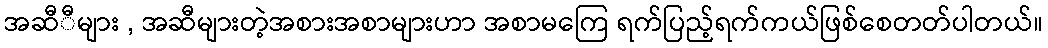
အဆီီများ , အဆီများတဲ့အစားအစာများဟာ အစာမကြေ ရက်ပြည့်ရက်ကယ်ဖြစ်စေတတ်ပါတယ်။